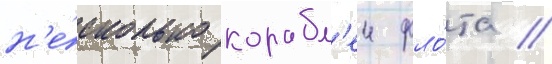
н'е́сколько корабл'еи фло́та /